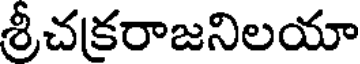
శ్రీచకరాజనిలయా